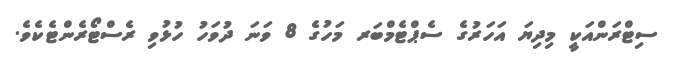
ސިޓްރަންއަކީ މިދިޔަ އަހަރުގެ ސެޕްޓެމްބަރ މަހުގެ 8 ވަނަ ދުވަހު ހުޅުވި ރެސްޓޯރެންޓެކެވެ.